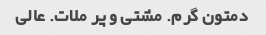
دمتون گرم. مشتی و پر ملات. عالی